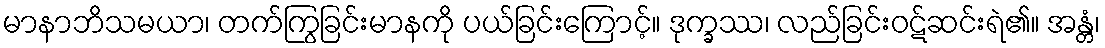
မာနာဘိသမယာ၊ တက်ကြွခြင်းမာနကို ပယ်ခြင်းကြောင့်။ ဒုက္ခဿ၊ လည်ခြင်းဝဋ်ဆင်းရဲ၏။ အန္တံ၊